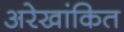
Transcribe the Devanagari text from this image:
अरेखांकित